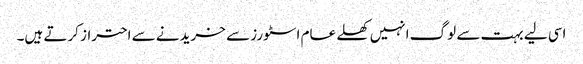
اسی لیے بہت سے لوگ انہیں کھلے عام اسٹورز سے خریدنے سے احتراز کرتے ہیں۔